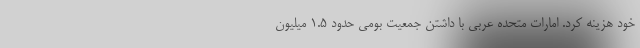
خود هزینه کرد. امارات متحده عربی با داشتن جمعیت بومی حدود ۱.۵ میلیون